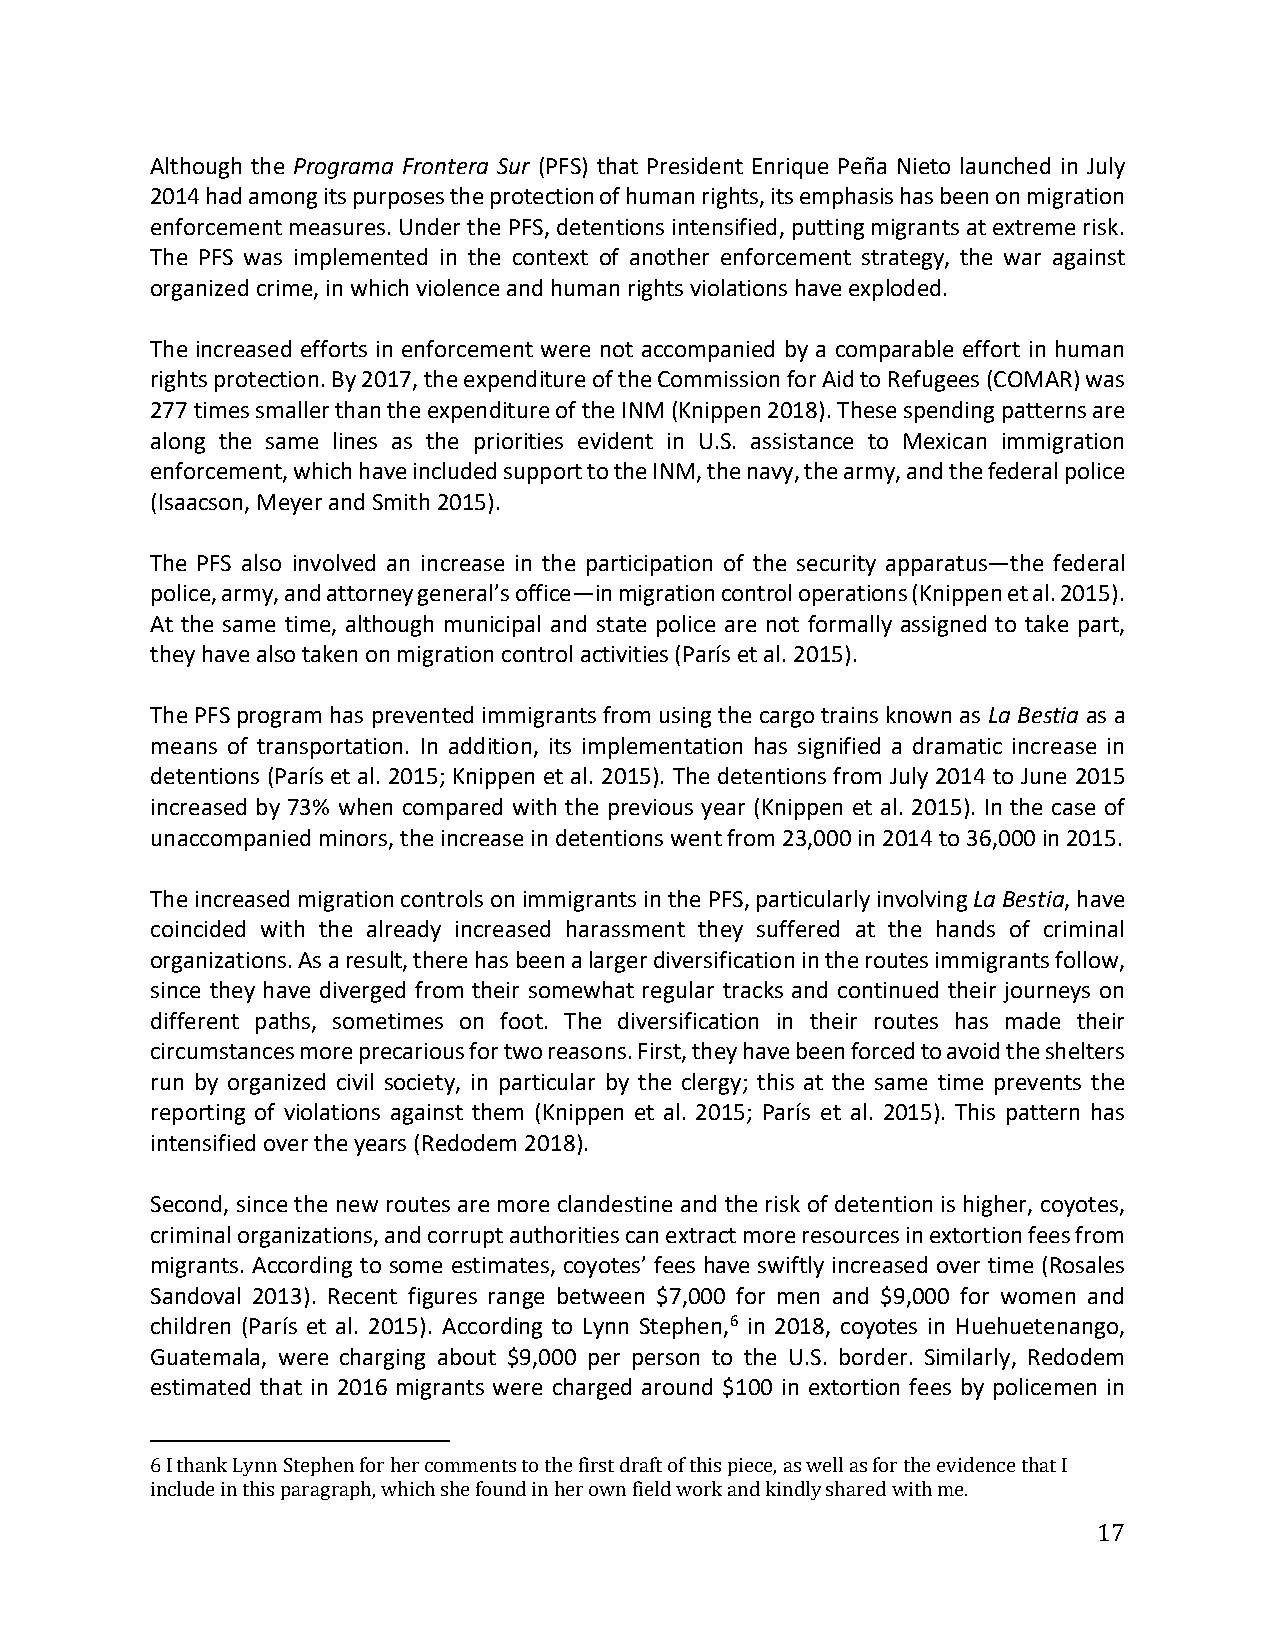
Although the Programa Frontera Sur (PFS) that President Enrique Peña Nieto launched in July
 2014 had among its purposes the protection of human rights, its emphasis has been on migration
 enforcement measures. Under the PFS, detentions intensified, putting migrants at extreme risk.
 The PFS was implemented in the context of another enforcement strategy, the war against
 organized crime, in which violence and human rights violations have exploded.
 The increased efforts in enforcement were not accompanied by a comparable effort in human
 rights protection. By 2017, the expenditure of the Commission for Aid to Refugees (COMAR) was
 277 times smaller than the expenditure of the INM (Knippen 2018). These spending patterns are
 along the same lines as the priorities evident in U.S. assistance to Mexican immigration
 enforcement, which have included support to the INM, the navy, the army, and the federal police
 (Isaacson, Meyer and Smith 2015).
 The PFS also involved an increase in the participation of the security apparatus—the federal
 police, army, and attorney general’s office—in migration control operations (Knippen et al. 2015).
 At the same time, although municipal and state police are not formally assigned to take part,
 they have also taken on migration control activities (París et al. 2015).
 The PFS program has prevented immigrants from using the cargo trains known as La Bestia as a
 means of transportation. In addition, its implementation has signified a dramatic increase in
 detentions (París et al. 2015; Knippen et al. 2015). The detentions from July 2014 to June 2015
 increased by 73% when compared with the previous year (Knippen et al. 2015). In the case of
 unaccompanied minors, the increase in detentions went from 23,000 in 2014 to 36,000 in 2015.
 The increased migration controls on immigrants in the PFS, particularly involving La Bestia, have
 coincided with the already increased harassment they suffered at the hands of criminal
 organizations. As a result, there has been a larger diversification in the routes immigrants follow,
 since they have diverged from their somewhat regular tracks and continued their journeys on
 different paths, sometimes on foot. The diversification in their routes has made their
 circumstances more precarious for two reasons. First, they have been forced to avoid the shelters
 run by organized civil society, in particular by the clergy; this at the same time prevents the
 reporting of violations against them (Knippen et al. 2015; París et al. 2015). This pattern has
 intensified over the years (Redodem 2018).
 Second, since the new routes are more clandestine and the risk of detention is higher, coyotes,
 criminal organizations, and corrupt authorities can extract more resources in extortion fees from
 migrants. According to some estimates, coyotes’ fees have swiftly increased over time (Rosales
 Sandoval 2013). Recent figures range between $7,000 for men and $9,000 for women and
 children (París et al. 2015). According to Lynn Stephen,6 in 2018, coyotes in Huehuetenango,
 Guatemala, were charging about $9,000 per person to the U.S. border. Similarly, Redodem
 estimated that in 2016 migrants were charged around $100 in extortion fees by policemen in
 6I thank Lynn Stephen for her comments to the first draft of this piece, as well as for the evidence that I
 include in this paragraph, which she found in her own field work and kindly shared with me.
 17